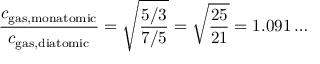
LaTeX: { \frac { c _ { \mathrm { g a s , m o n a t o m i c } } } { c _ { \mathrm { g a s , d i a t o m i c } } } } = { \sqrt { \frac { 5 / 3 } { 7 / 5 } } } = { \sqrt { \frac { 2 5 } { 2 1 } } } = 1 . 0 9 1 \ldots